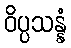
ဝိပ္ပသန္နံ